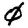
Digit: 0